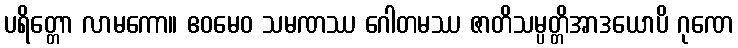
ပရိတ္တော လာမကော။ ဧဝမေဝ သမဏဿ ဂေါတမဿ ဇာတိသမ္ပတ္တိအာဒယောပိ ဂုဏေ